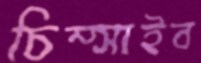
চিম্‌সাইব